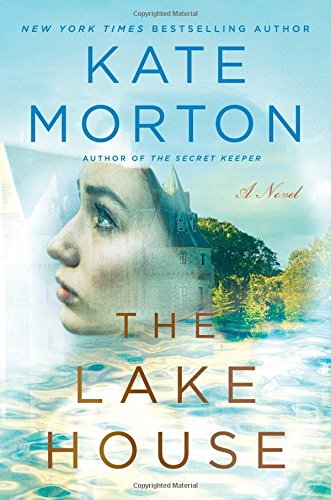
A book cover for The Lake House: A Novel; Kate Morton; Literature & Fiction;